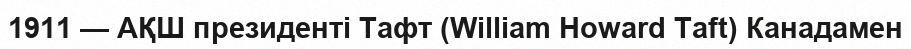
1911 — АҚШ президенті Тафт (William Howard Taft) Канадамен